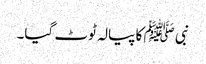
نبی ﷺ کا پیالہ ٹوٹ گیا۔